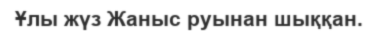
Ұлы жүз Жаныс руынан шыққан.